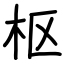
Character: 枢